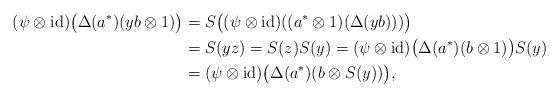
LaTeX: \begin{align*}(\psi\otimes\operatorname{id})\bigl(\Delta(a^*)(yb\otimes 1)\bigr)&=S\bigl((\psi\otimes\operatorname{id})((a^*\otimes 1)(\Delta(yb)))\bigr) \\&=S(yz)=S(z)S(y)=(\psi\otimes\operatorname{id})\bigl(\Delta(a^*)(b\otimes1)\bigr)S(y) \\&=(\psi\otimes\operatorname{id})\bigl(\Delta(a^*)(b\otimes S(y))\bigr),\end{align*}